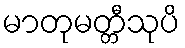
မာတုမတ္တီသုပိ